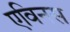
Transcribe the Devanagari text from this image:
एविनस